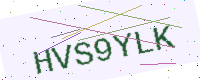
Text: HVS9YLK